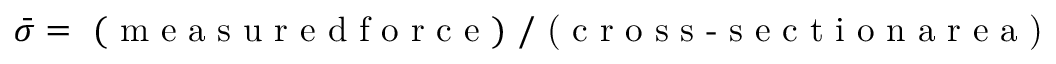
\bar { \sigma } = \mathrm { ~ ( ~ m ~ e ~ a ~ s ~ u ~ r ~ e ~ d ~ f ~ o ~ r ~ c ~ e ~ ) ~ } / \textup { ( c r o s s - s e c t i o n a r e a ) }